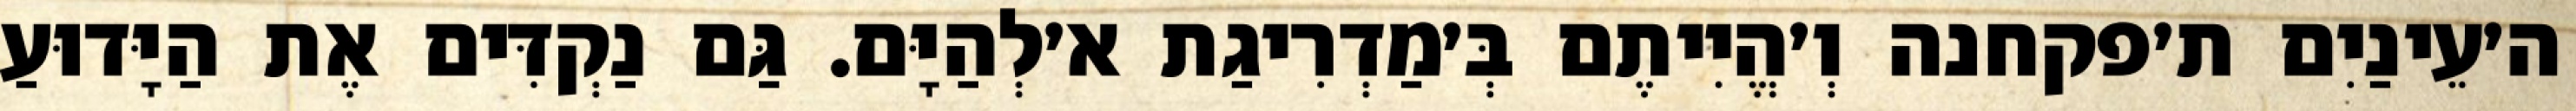
ה׳עֵינַיִם ת׳פקחנה וְ׳הֱיִיתֶם בְּ׳מַדְרִיגַת א׳לְהַיָּם. גַּם נַקְדִּים אֶת הַיָּדוּעַ